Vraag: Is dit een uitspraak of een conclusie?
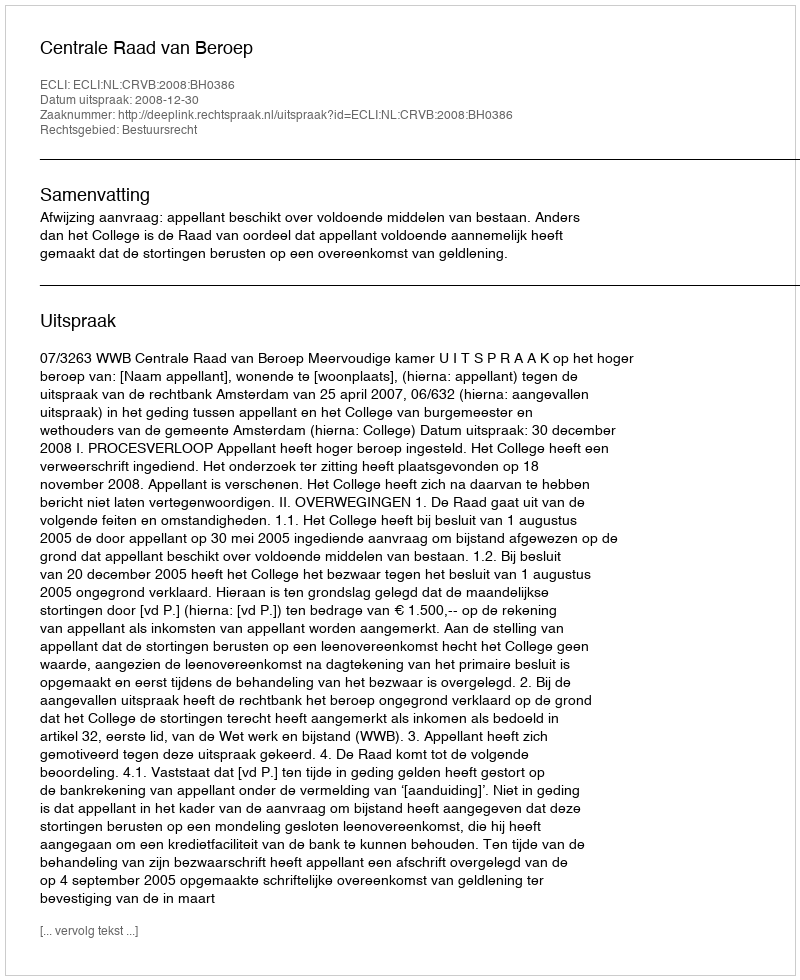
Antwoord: Uitspraak